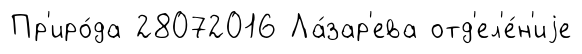
Пр'иро́да 28072016 Ла́зар'ева отд'ел'е́н'иjе